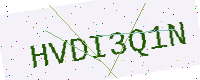
Text: HVDI3Q1N